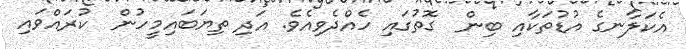
އެކަލާނގެ އުޑުތަކާއި ބިން  ގޮތުގައި ހެއްދެވިއެވެ. އަދި ތިޔަބައިމީހުން  ކުރައްވައި